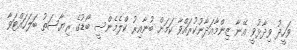
ވަހީދު ވިދާޅުވީ އޭނާ ޒިންމާއަދާނުކުރައްވާ ކަމަށް ބުނާއިރު ކްލެމެންސީ ބޯޑުގެ ރިޔާސަތު ބަލަހައްޓަވާ